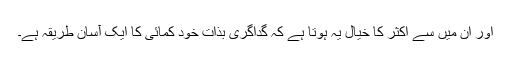
اور ان میں سے اکثر کا خیال یہ ہوتا ہے کہ گداگری بذات خود کمائی کا ایک آسان طریقہ ہے۔